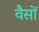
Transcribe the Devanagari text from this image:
वैसों